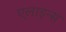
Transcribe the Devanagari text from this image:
एलाइन्स